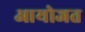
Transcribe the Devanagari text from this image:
आयोजत